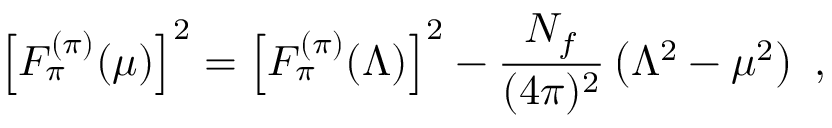
\left[ F _ { \pi } ^ { ( \pi ) } ( \mu ) \right] ^ { 2 } = \left[ F _ { \pi } ^ { ( \pi ) } ( \Lambda ) \right] ^ { 2 } - \frac { N _ { f } } { ( 4 \pi ) ^ { 2 } } \left( \Lambda ^ { 2 } - \mu ^ { 2 } \right) \ ,